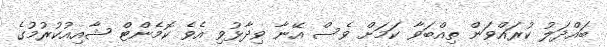
ބައްދަލު ކުރައްވަން ތިއްބަވާ ކަމަށް ވެސް އޭނާ ވިދާޅުވި އެވެ ކޮމެންޓް ޝާއިއުކުރުމުގެ